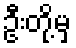
ဦးတို့မှ